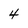
Character: 4